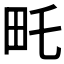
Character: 𤰦